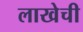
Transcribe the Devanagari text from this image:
लाखेची